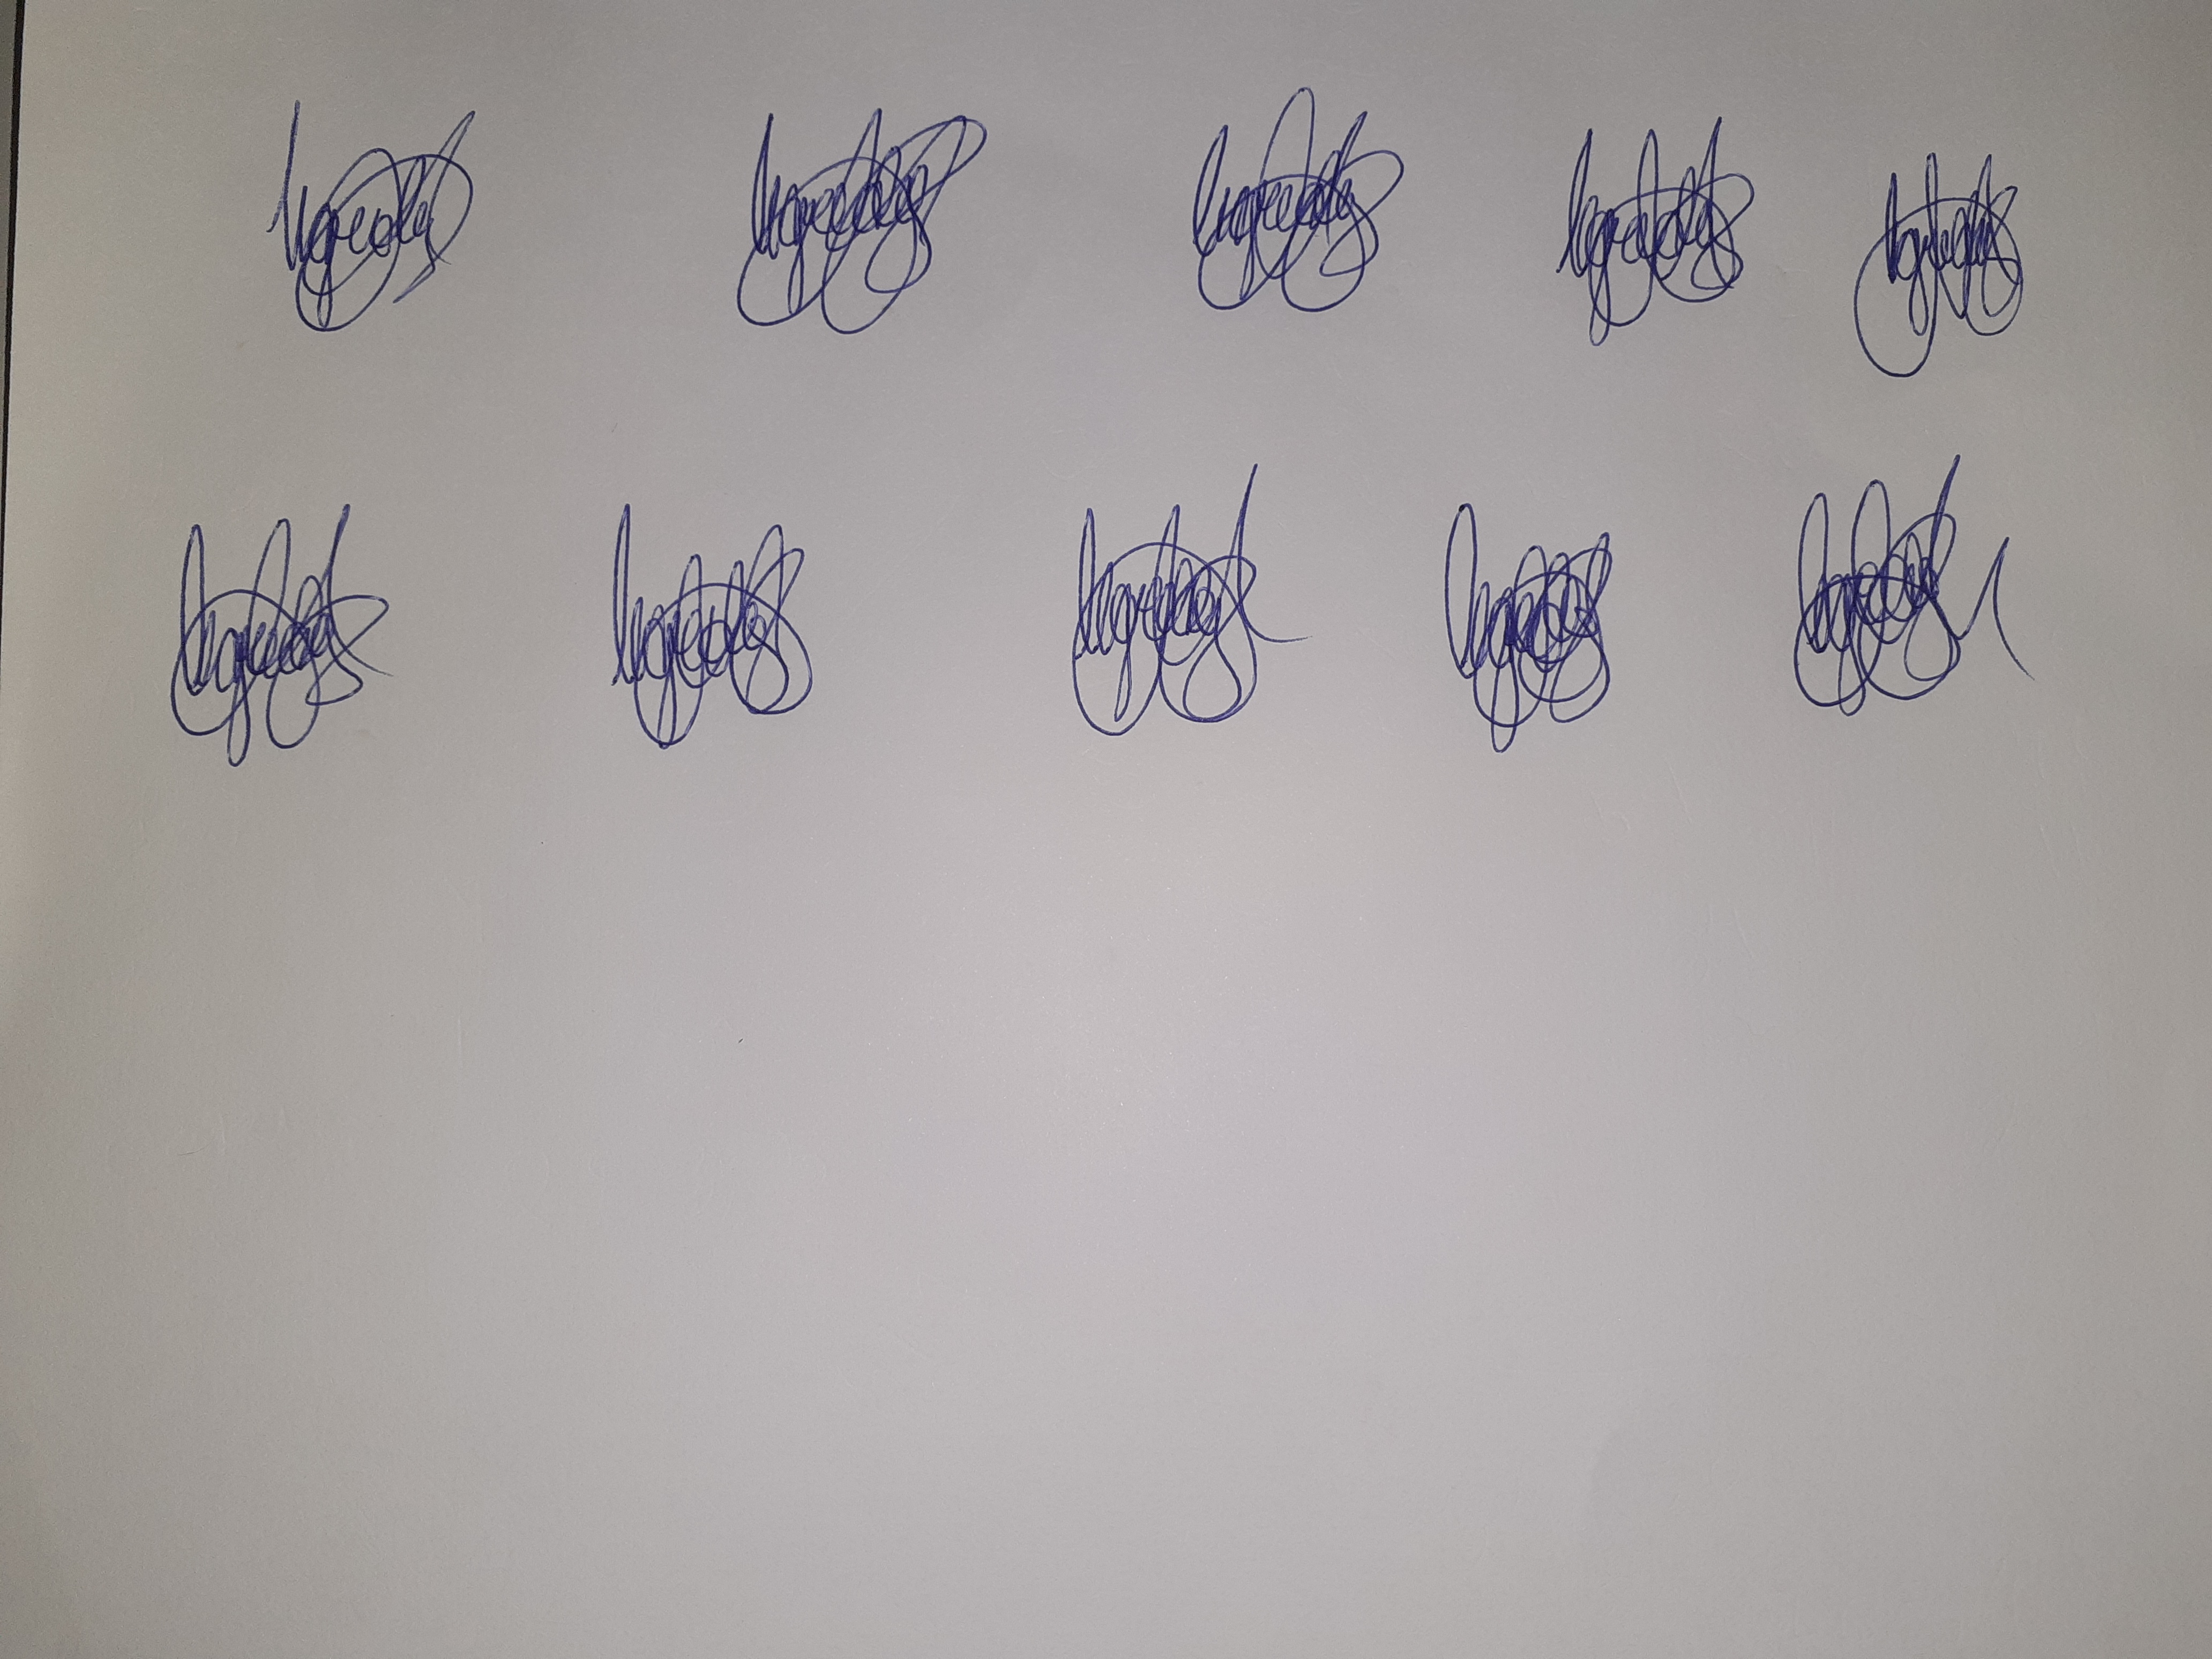
Signature authenticity: genuine